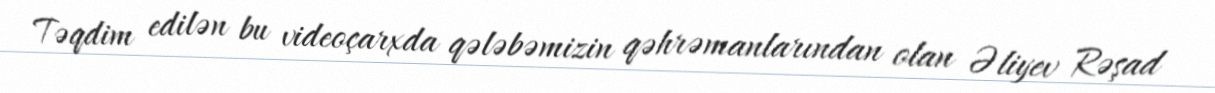
Təqdim edilən bu videoçarxda qələbəmizin qəhrəmanlarından olan Əliyev Rəşad